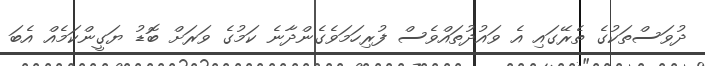
ދުވަސްތަކުގެ ތެރޭގައި އެ ވައުދުތައްވެސް ފުރިހަމަވެގެންދާނެ ކަމުގެ ވަރަށް ބޮޑު ޔަގީންކަމެއް އެބަ